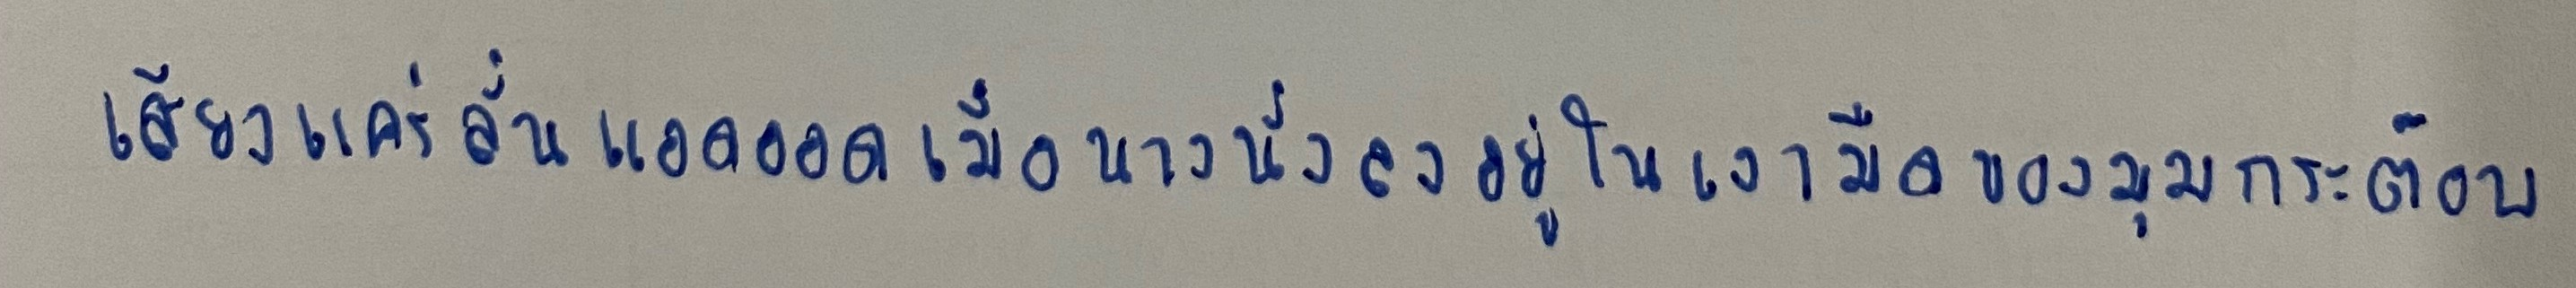
เสียงแคร่ลั่นแอดออดเมื่อนางนั่งลงอยู่ในเงามืดของมุมกระต๊อบ